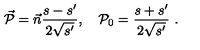
\vec { \cal P } = \vec { n } \frac { s - s ^ { \prime } } { 2 \sqrt { s ^ { \prime } } } , \quad { \cal P } _ { 0 } = \frac { s + s ^ { \prime } } { 2 \sqrt { s ^ { \prime } } } \ .